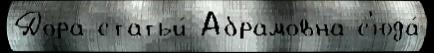
Дора статьи́ Абрамовна с'юда́